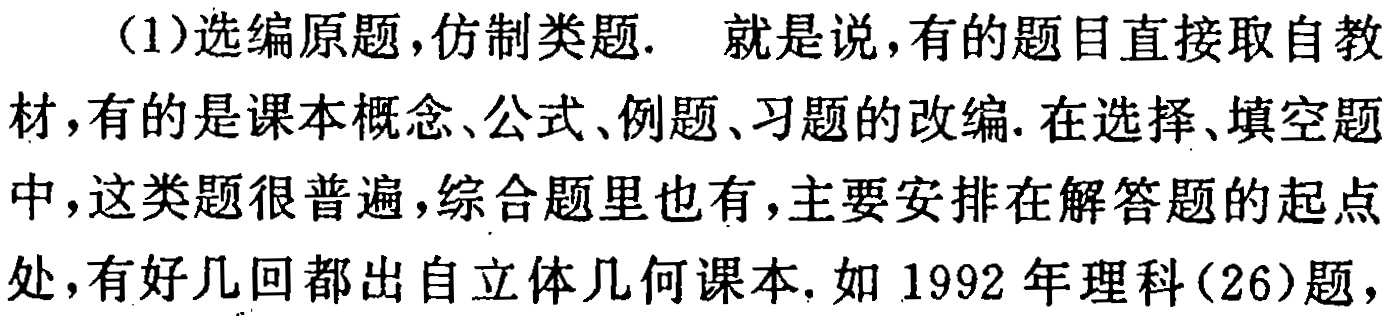
(1)选编原题，仿制类题. 就是说，有的题目直接取自教材，有的是课本概念、公式、例题、习题的改编. 在选择、填空题中，这类题很普遍，综合题里也有，主要安排在解答题的起点处，有好几回都出自立体几何课本. 如 1992 年理科(26)题，